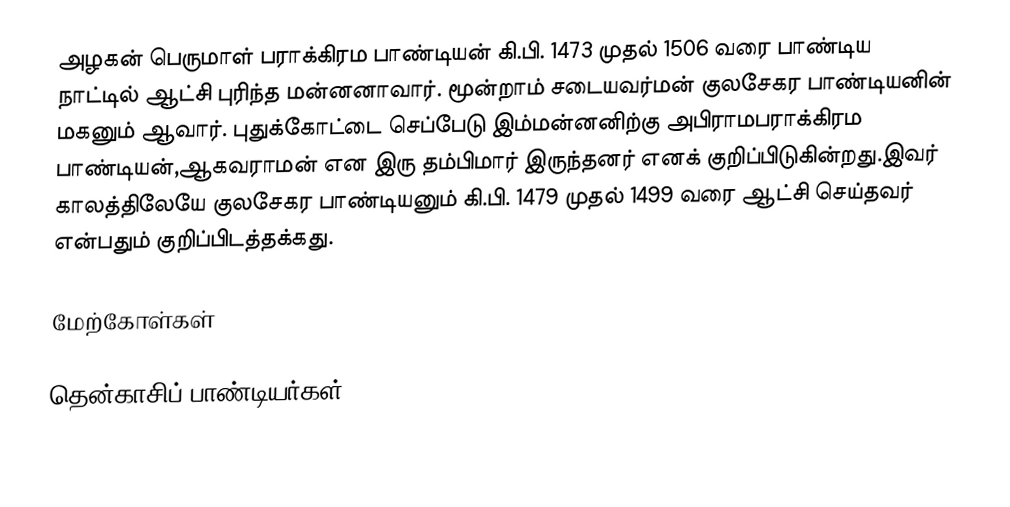
அழகன் பெருமாள் பராக்கிரம பாண்டியன் கி.பி. 1473 முதல் 1506 வரை பாண்டிய நாட்டில் ஆட்சி புரிந்த மன்னனாவார். மூன்றாம் சடையவர்மன் குலசேகர பாண்டியனின் மகனும் ஆவார். புதுக்கோட்டை செப்பேடு இம்மன்னனிற்கு அபிராமபராக்கிரம பாண்டியன்,ஆகவராமன் என இரு தம்பிமார் இருந்தனர் எனக் குறிப்பிடுகின்றது.இவர் காலத்திலேயே குலசேகர பாண்டியனும் கி.பி. 1479 முதல் 1499 வரை ஆட்சி செய்தவர் என்பதும் குறிப்பிடத்தக்கது.

மேற்கோள்கள்

தென்காசிப் பாண்டியர்கள்